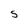
Character: S